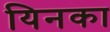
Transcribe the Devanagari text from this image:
यिनका